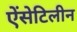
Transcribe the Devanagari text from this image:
ऐंसेटिलीन